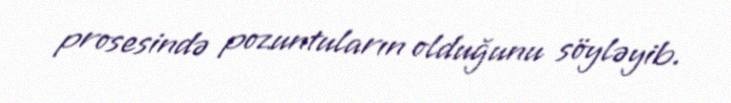
prosesində pozuntuların olduğunu söyləyib.